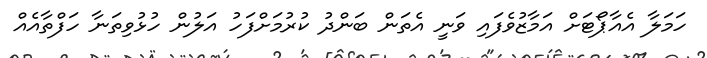
ހަމަލާ އެއާޕޯޓަށް އަމާޒުވެފައި ވަނީ އެތަން ބަންދު ކުރުމަށްފަހު އަލުން ހުޅުވިތަނާ ހަފްތާއެއް